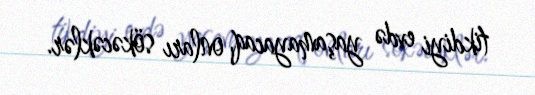
tikdiyi evdə yaşamayacaq, onları sökəcəklər.